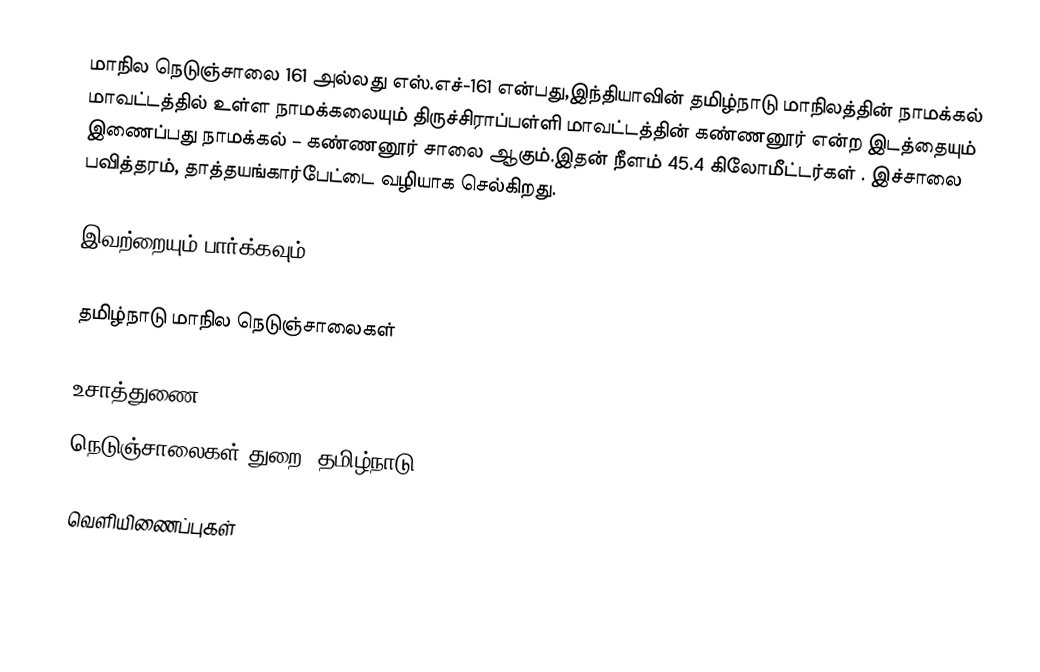
மாநில நெடுஞ்சாலை 161 அல்லது எஸ்.எச்-161  என்பது,இந்தியாவின் தமிழ்நாடு மாநிலத்தின்  நாமக்கல் மாவட்டத்தில் உள்ள நாமக்கலையும் திருச்சிராப்பள்ளி மாவட்டத்தின் கண்ணனூர்  என்ற இடத்தையும் இணைப்பது நாமக்கல் – கண்ணனூர் சாலை ஆகும்.இதன் நீளம் 45.4  கிலோமீட்டர்கள் . இச்சாலை பவித்தரம், தாத்தயங்கார்பேட்டை வழியாக செல்கிறது.

இவற்றையும் பார்க்கவும்

 தமிழ்நாடு மாநில நெடுஞ்சாலைகள்

உசாத்துணை
 நெடுஞ்சாலைகள் துறை, தமிழ்நாடு

வெளியிணைப்புகள்